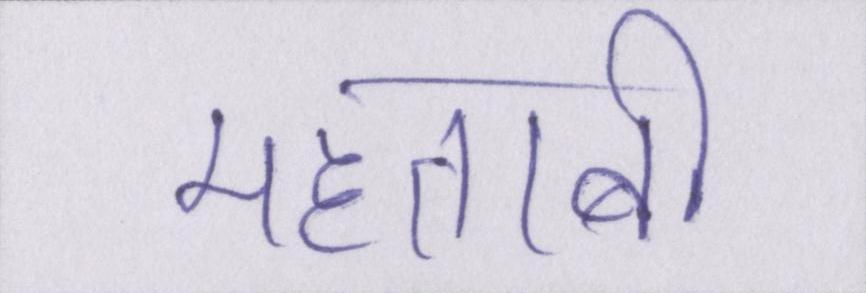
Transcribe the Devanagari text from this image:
महताबी